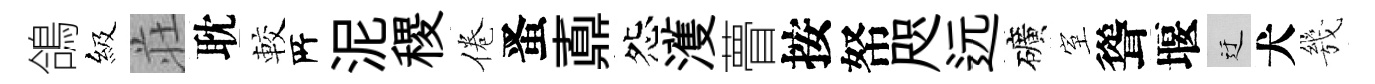
鴿級荘耽較𠩄泥稷倦󱉠鼒怨濩瞢按帑咫远礦室聳堰迂犬㡬